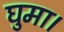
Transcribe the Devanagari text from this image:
घुमा।